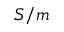
S / m